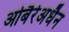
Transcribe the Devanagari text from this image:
ओबैरेअधैन